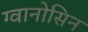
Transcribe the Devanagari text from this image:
ग्वानोसिन